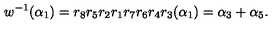
w ^ { - 1 } ( \alpha _ { 1 } ) = r _ { 8 } r _ { 5 } r _ { 2 } r _ { 1 } r _ { 7 } r _ { 6 } r _ { 4 } r _ { 3 } ( \alpha _ { 1 } ) = \alpha _ { 3 } + \alpha _ { 5 } .